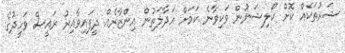
ޝަރުތަކެއް ކޮށް ކޯލިޝަނުން ވަކިވާނެ ކަމަށް އަދާލަތުން އިންޒާރެއް ދީފައިވާއިރު ރައީސް ވަހީދުގެ